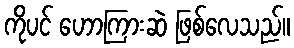
ကိုပင် ဟောကြားဆဲ ဖြစ်လေသည်။